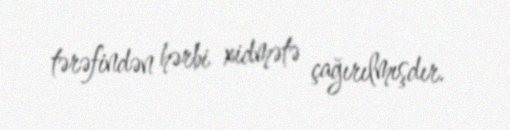
tərəfindən hərbi xidmətə çağırılmışdır.